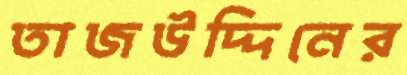
তাজউদ্দিনের